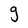
Character: g